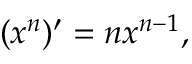
( x ^ { n } ) ^ { \prime } = n x ^ { n - 1 } ,